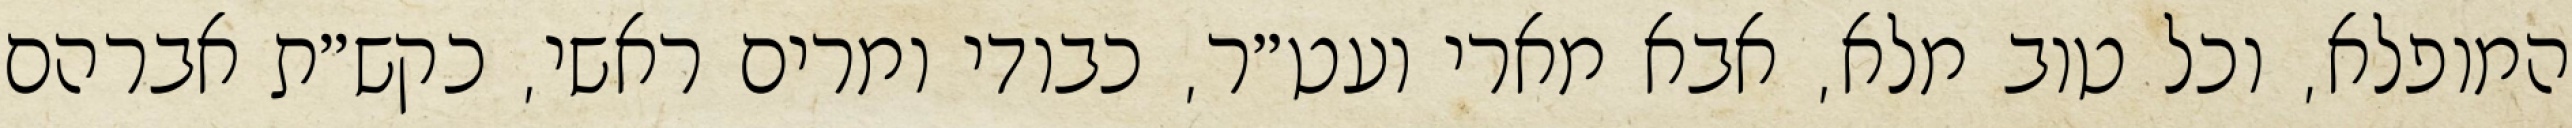
המופלא, וכל טוב מלא, אבא מארי ועט״ר, כבודי ומרים ראשי, כקש״ת אברהם